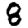
Digit: 8